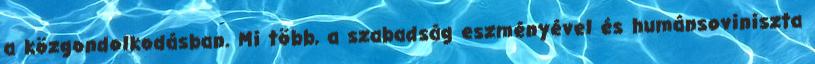
a közgondolkodásban. Mi több, a szabadság eszményével és humánsoviniszta